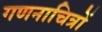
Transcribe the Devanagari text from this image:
गणनाचित्रों